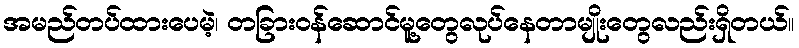
အမည်တပ်ထားပေမဲ့၊ တခြားဝန်ဆောင်မူ့တွေလုပ်နေတာမျိုးတွေလည်းရှိတယ်။